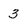
Character: 3